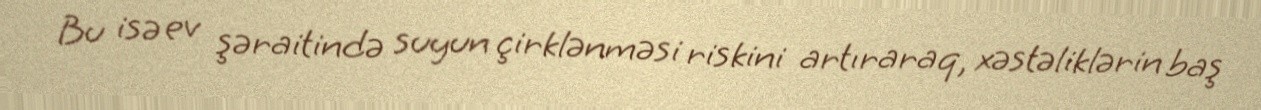
Bu isə ev şəraitində suyun çirklənməsi riskini artıraraq, xəstəliklərin baş